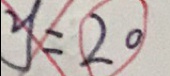
y = 2 0